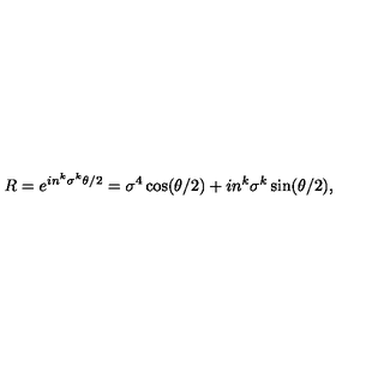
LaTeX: R = e ^ { i n ^ { k } \sigma ^ { k } \theta / 2 } = \sigma ^ { 4 } \cos ( \theta / 2 ) + i n ^ { k } \sigma ^ { k } \sin ( \theta / 2 ) ,